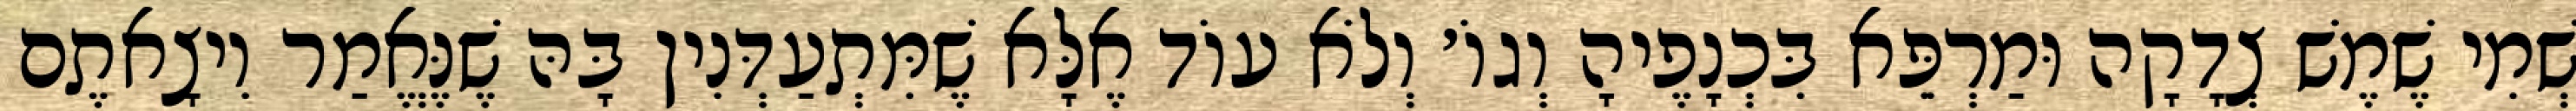
שְׁמִי שֶׁמֶשׁ צְדָקָה וּמַרְפֵּא בִּכְנָפֶיהָ וְגוֹ׳ וְלֹא עוֹד אֶלָּא שֶׁמִּתְעַדְּנִין בָּהּ שֶׁנֶּאֱמַר וִיצָאתֶם